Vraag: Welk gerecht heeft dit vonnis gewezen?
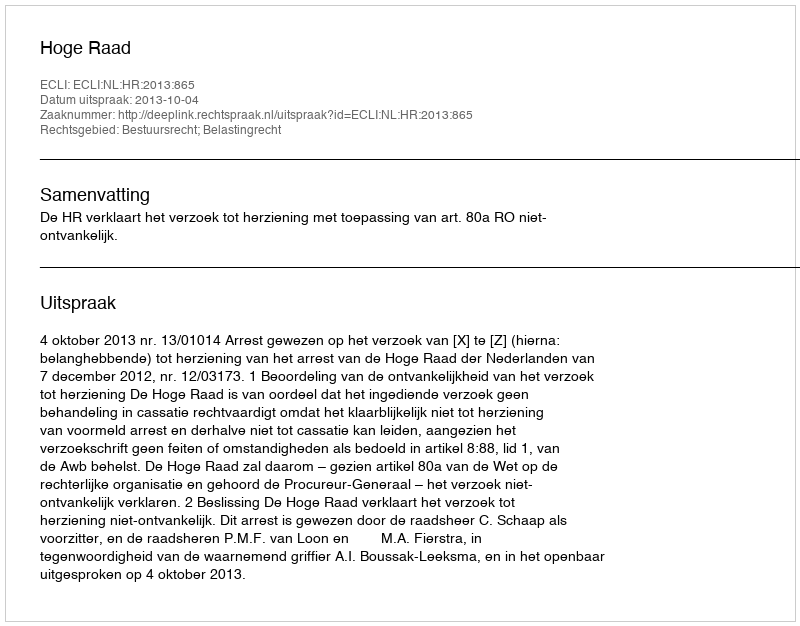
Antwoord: Hoge Raad